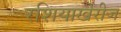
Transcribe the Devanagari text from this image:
रशियाखेरीज